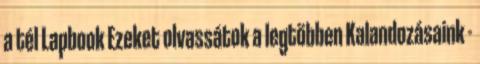
a tél Lapbook Ezeket olvassátok a legtöbben Kalandozásaink -